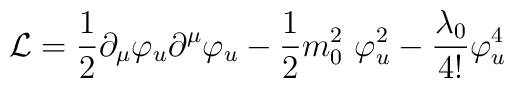
{\cal L}= \frac{1}{2}\partial_{\mu}\varphi_{u}\partial^{\mu}\varphi_{u}-\frac{1}{2}m^{2}_{0}~\varphi_{u}^{2}-\frac{\lambda_{0}}{4!}\varphi^{4}_{u}\,